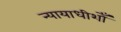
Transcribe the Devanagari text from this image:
न्यायाधीशोँ